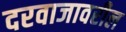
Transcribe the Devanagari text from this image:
दरवाजावरील